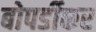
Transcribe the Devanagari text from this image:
बोपर्डीकर